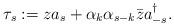
LaTeX: \begin{align*}\tau_s := z a _{s} + \alpha_k \alpha_{s-k} \bar z a_{-s}^\dagger.\end{align*}